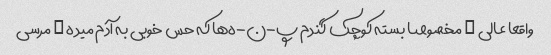
واقعا عالی … مخصوصا بسته کوچک گندم پ-ن-ه‌ها که حس خوبی به آدم میده … مرسی